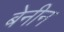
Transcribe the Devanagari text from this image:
बेनीन